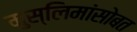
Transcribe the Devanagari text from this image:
मुस्लिमांसोबत